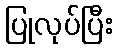
ပြုလုပ်ပြီး